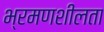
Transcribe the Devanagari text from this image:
भ्रमणशीलता